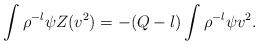
LaTeX: \begin{align*}\int \rho^{-l} \psi Z(v^2) = -(Q-l)\int\rho^{-l} \psi v^2.\end{align*}